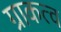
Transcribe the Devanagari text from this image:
ग्राकत्व